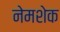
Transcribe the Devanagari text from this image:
नेमशेक